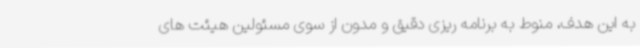
به این هدف، منوط به برنامه ریزی دقیق و مدون از سوی مسئولین هیئت های